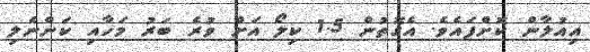
އިއުލާން ކޮށްފައެވެ. އެގޮތުން 1.5 ކިލޯ އަށް ވުރެ ބަރު މަހާއި ކަންނެލި